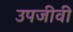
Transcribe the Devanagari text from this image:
उपजीवी